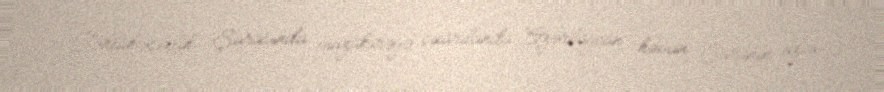
Təhlükəsizlik Şurasında müzakirəyə çıxarılanda Azərbaycan həmin Şuranın üzvü